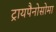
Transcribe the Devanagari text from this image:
ट्रायपैनोसोमा